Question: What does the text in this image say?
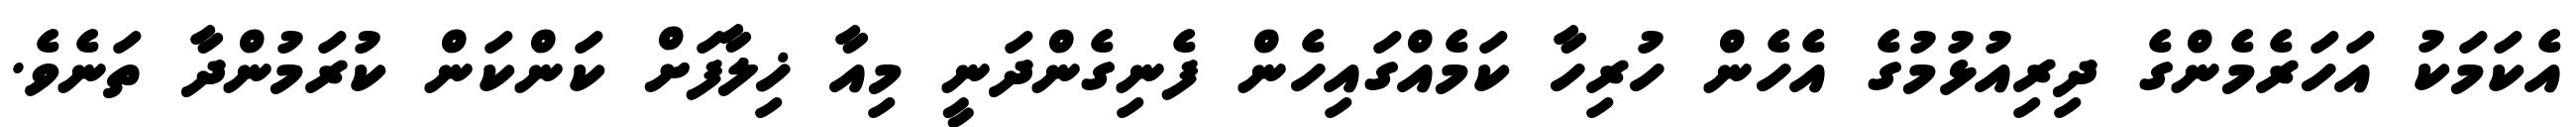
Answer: އެކަމަކު އަހަރެމެންގެ ދިރިއުޅުމުގެ އެހެން ހުރިހާ ކަމެއްގައިހެން ފެނިގެންދަނީ މިއާ ޚިލާފަށް ކަންކަން ކުރަމުންދާ ތަނެވެ.